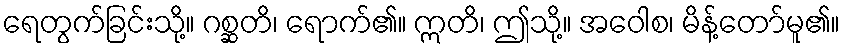
ရေတွက်ခြင်းသို့။ ဂစ္ဆတိ၊ ရောက်၏။ ဣတိ၊ ဤသို့။ အဝေါစ၊ မိန့်တော်မူ၏။